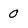
Character: 0